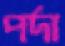
পর্দা